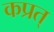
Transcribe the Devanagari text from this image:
कप्रत्